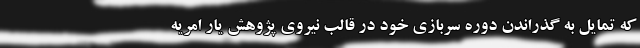
که تمایل به گذراندن دوره سربازی خود در قالب نیروی پژوهش یار امریه